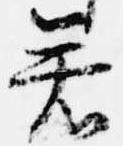
若